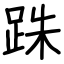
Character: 跦